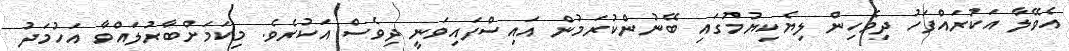
އެވޭލާ އަކުރައްފަހު ދިވެހިން ލިޔެކިޔުމުގައި ބޭނުންކުރަމުން އައިސްފައިވަނީ ދިވެސް އަކުރެވެ. މިކަމަށްބާރުލައްވާ އަހުމަދު